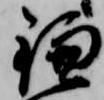
鎌